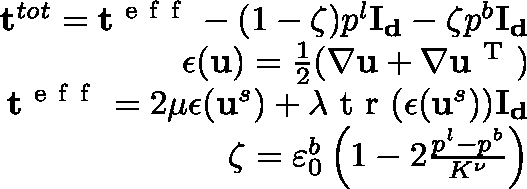
\begin{array} { r } { \mathbf { t } ^ { t o t } = \mathbf { t } ^ { \mathrm { ~ e ~ f ~ f ~ } } - ( 1 - \zeta ) p ^ { l } \mathbf { I _ { d } } - \zeta p ^ { b } \mathbf { I _ { d } } } \\ { \mathbf { \epsilon } ( \mathbf { u } ) = \frac { 1 } { 2 } ( \nabla \mathbf { u } + \nabla \mathbf { u } ^ { \mathrm { ~ T ~ } } ) } \\ { \mathbf { t } ^ { \mathrm { ~ e ~ f ~ f ~ } } = 2 \mu \mathbf { \epsilon } ( \mathbf { u } ^ { s } ) + \lambda \mathrm { ~ t ~ r ~ } ( \mathbf { \epsilon } ( \mathbf { u } ^ { s } ) ) \mathbf { I _ { d } } } \\ { \zeta = \varepsilon _ { 0 } ^ { b } \left( 1 - 2 \frac { p ^ { l } - p ^ { b } } { K ^ { \nu } } \right) } \end{array}